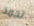
تجمد